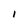
Character: I